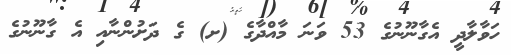
ހަވާލާދީ އެގާނޫނުގެ 53 ވަނަ މާއްދާގެ (ށ) ގެ ދަށުންނާއި އެ ގާނޫނުގެ